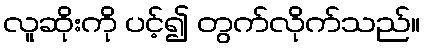
လူဆိုးကို ပင့်၍ တွက်လိုက်သည်။